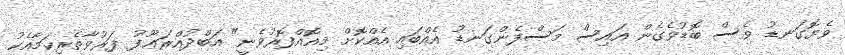
ވެޔޮގަނޑު ވެސް ބޮޑުވެގެން އައިސް މަސްފެންގަނޑު އެއްބައި އެއްކޮށް މިއޮއްފޮރުވެނީ" އަބްދުއްރަޢޫފު ފަރުވާތެރިކަމާއެކު